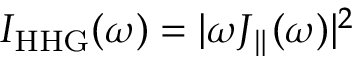
I _ { \mathrm { H H G } } ( \omega ) = | \omega J _ { \parallel } ( \omega ) | ^ { 2 }